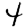
Digit: 4